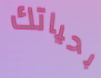
بحياتك